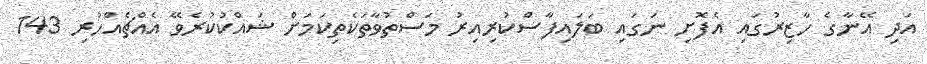
އަދި އޭނާގެ ހާޒިރުގައި އެފޮށި ނަގައި ބަލައިފާސްކުރިއިރު މަސްތުވާތަކެތިކަމަށް ޝައްކުކުރެވޭ އެއްޗެއްހުރި 143